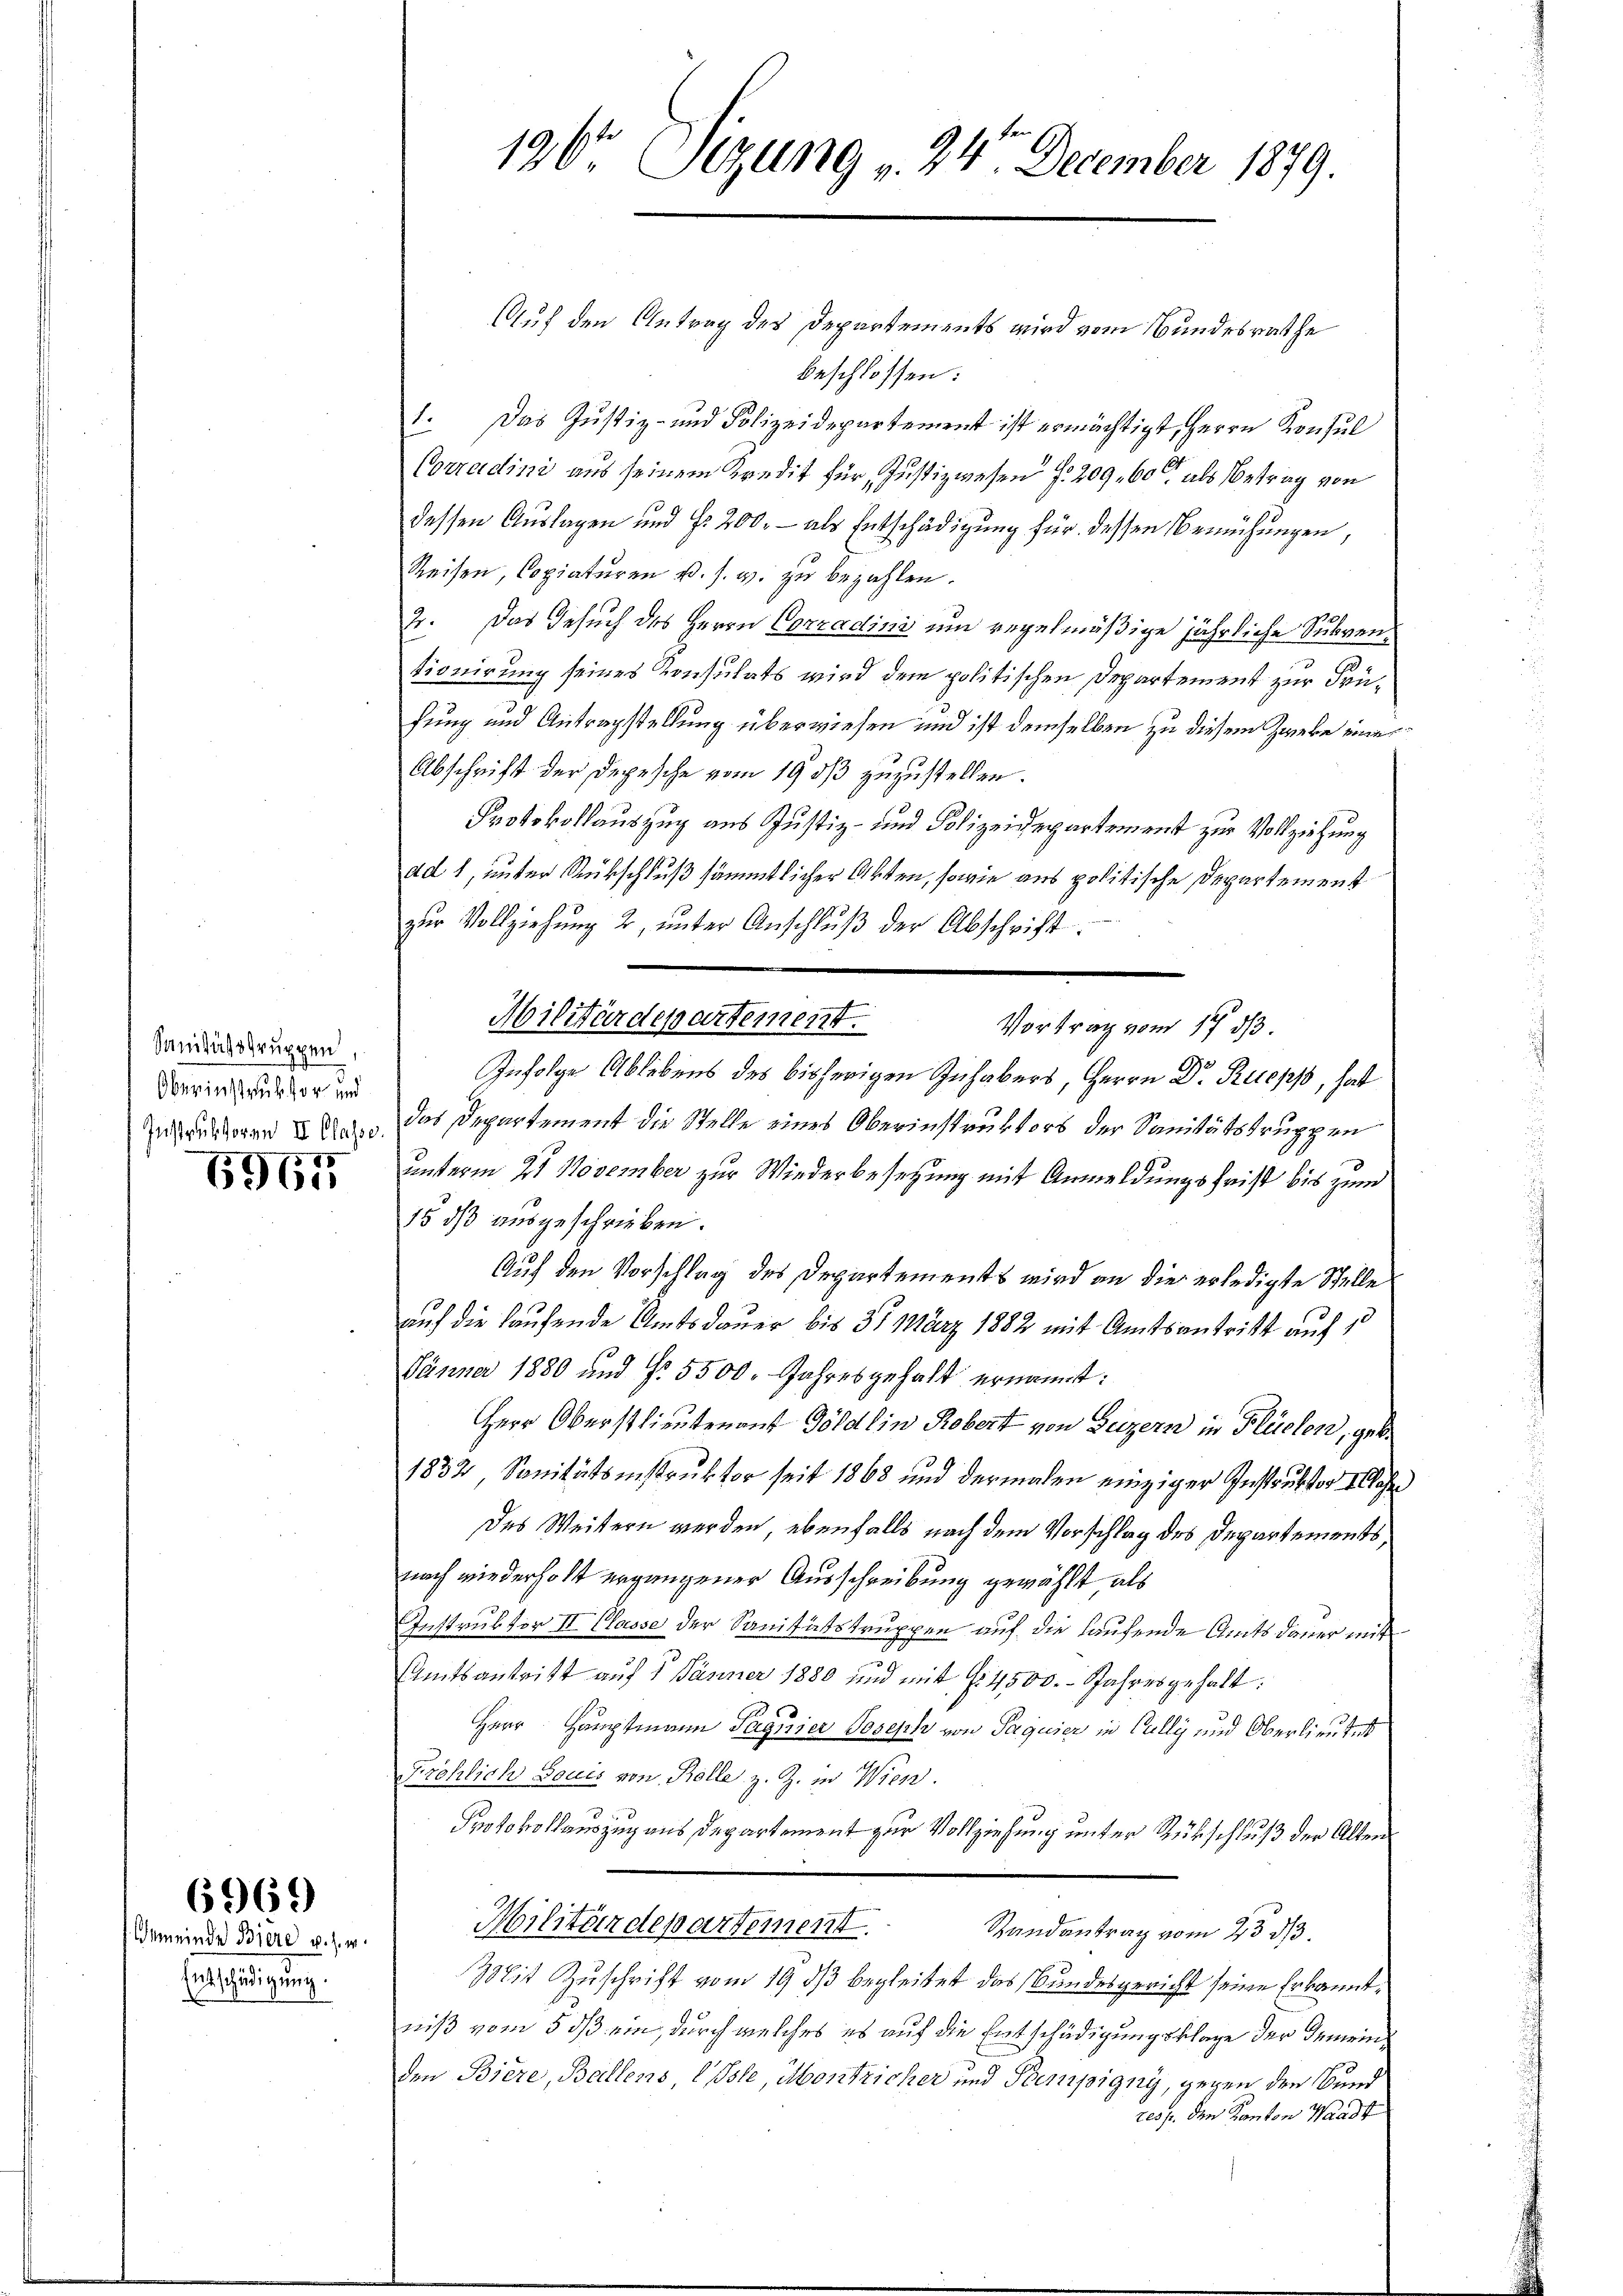
Sanitätsgruppen,
Oberinstruktor und

6967

Gemeinde Biere u. s. w.
Entschädigung.

6969)

196 Sizung 24. December 1879.

Auf den Antrag des Departements wird vom Bundesrathe
beschlossen:
1. Das Justiz- und Polizeidepartement ist ermächtigt, Herrn Konsul
Corradini aus seinem Kredit für Justizwesen §. 209. 60 als Betrag von
dessen Auslagen und Fr. 200. - als Entschädigung für dessen Bemühungen,
Reisen, Copiaturen u. s. w. zu bezahlen.
2. Das Gesuch des Herrn Corradini um regelmäßige jährliche Subventionirung seines Konsulats wird dem politischen Departement zur Früfung und Antragstellung überwiesen und ist demselben zu diesem Zweke eine
Abschrift der Depesche vom 1903 zuzustellen.
Protokollauszug aus Justiz- und Polizeidepartement zur Vollziehung
ad 1, unter Rückschluß sämmtlicher Akten, sowie aus politische Departement
zŭr Vollziehŭng 2, ŭnter Anschlŭβ der Abschrift:
Militärdepartement.
Vortrag vom 17. ds.

Infolge Ablebens des bisherigen Inhabers, Herrn Dr. Ruepp, hat
ueren u. das Departement die Stelle eines Oberinstruktors der Sanitätstruppen
unterm 21 November zur Wiederbesetzung mit Anmeldungsfrist bis zum
15 dß ausgeschrieben.
Auf den Vorschlag des Departements wird an die erledigte Stelle
auf die laufende Amtsdauer bis 31 März 1882 mit Amtsantritt auf 15
Jänner 1880 und No. 5500. Jahresgehalt ernannt:
Herr Oberstlieutenant Göldlin Robert von Luzern in Flüelen, geb.
1832, Sanitätsinstruktor seit 1868 und dermalen einziger Instruktor allehr
Des Weitern werden, ebenfalls nach dem Vorschlag des Departements,
nach wiederholt ergangener Ausschreibung gewählt, als
Instruktor II Classe der Sanitätstruppen auf die laufende Amtsdauer mit
Amtsantritt auf 5 Jänner 1880 und mit Nr 4500.- Jahresgehalt:
Herr Hauptmann Taguier Joseph von Taguier in Cully und Oberlieutet
Fröhlich Socis von Rolle z. Z. in Wien.
Protokollauszug aus Departement zur Vollziehung unter Rükschluß der Alten
Militärdepartement.
Randantrag vom 23. ds.
Mit Zuschrift vom 19. dβ begleitet das Bundesgericht seine Erkanntniß vom 5 dß ein, durch welches es auf die Entschädigungsklage der Gemeinden Biere, Ballens, Isle, Montricher und Stempigny, gegen den Bund
resp. den Kanton Waadt